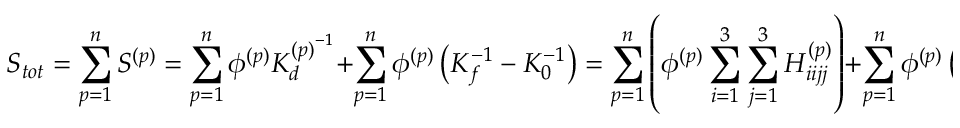
S _ { t o t } = \sum _ { p = 1 } ^ { n } S ^ { ( p ) } = \sum _ { p = 1 } ^ { n } \phi ^ { ( p ) } K _ { d } ^ { { ( p ) } ^ { - 1 } } + \sum _ { p = 1 } ^ { n } \phi ^ { ( p ) } \left( K _ { f } ^ { - 1 } - K _ { 0 } ^ { - 1 } \right) = \sum _ { p = 1 } ^ { n } \left( \phi ^ { ( p ) } \sum _ { i = 1 } ^ { 3 } \sum _ { j = 1 } ^ { 3 } H _ { i i j j } ^ { { ( p ) } } \right) + \sum _ { p = 1 } ^ { n } \phi ^ { ( p ) } \left( K _ { f } ^ { - 1 } - K _ { 0 } ^ { - 1 } \right) \, .